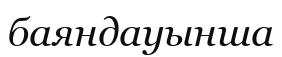
баяндауынша